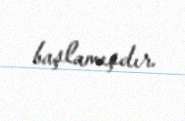
başlamışdır.